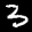
Label: 3